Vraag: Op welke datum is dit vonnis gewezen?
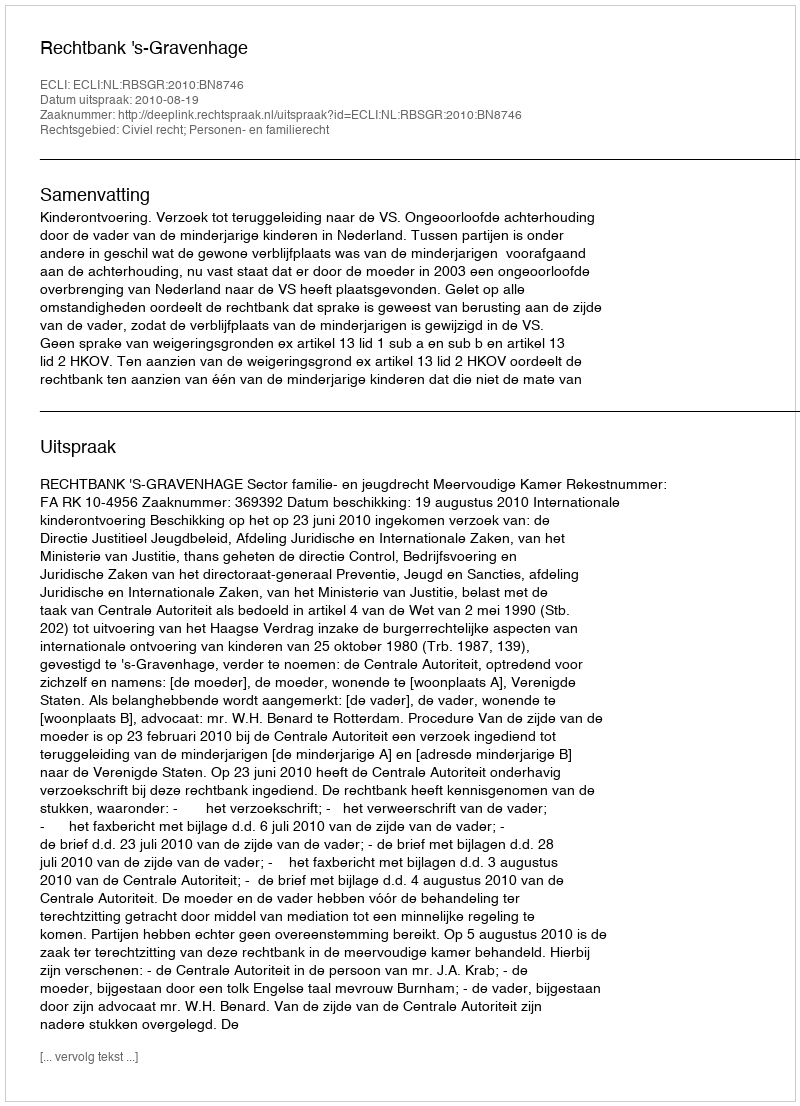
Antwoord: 2010-08-19